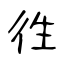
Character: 徃